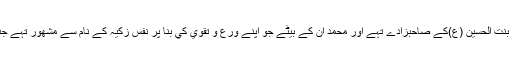
امام زين العابدين کے بھانجے يعني فاطمہ بنت الحسين (ع)کے صاحبزادے تہے اور محمد ان کے بيٹے جو اپنے ورع و تقويٰ کي بنا پر نفس زکيہ کے نام سے مشھور تہے جناب فاطمہ بنت الحسين(ع)کے پوتے تہے۔